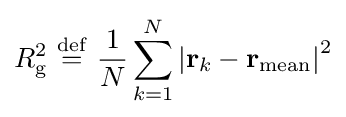
R_{\mathrm {g} }^{2}\ {\stackrel {\mathrm {def} }{=}}\ {\frac {1}{N}}\sum _{k=1}^{N}\left|\mathbf {r} _{k}-\mathbf {r} _{\mathrm {mean} }\right|^{2}